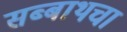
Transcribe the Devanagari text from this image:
सब्बाथचा